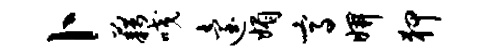
卜藉咬迨媚高妍狎